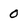
Character: O